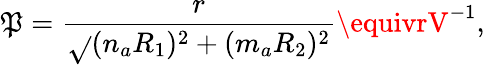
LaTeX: \mathfrak{P}=\frac{{r}}{{\sqrt{}{{(n_{a}R_{1})^{2}+(m_{a}R_{2})^{2}}}}}\equivrV^{-1},